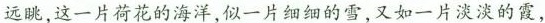
远眺，这一片荷花的海洋，似一片细细的雪，又如一片淡淡的霞，